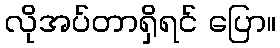
လိုအပ်တာရှိရင် ပြော။